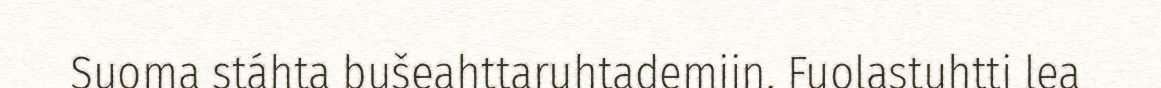
Suoma stáhta bušeahttaruhtademiin. Fuolastuhtti lea